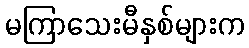
မကြာသေးမီနှစ်များက